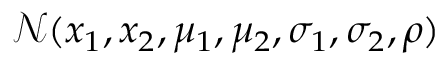
\mathcal { N } ( x _ { 1 } , x _ { 2 } , \mu _ { 1 } , \mu _ { 2 } , \sigma _ { 1 } , \sigma _ { 2 } , \rho )